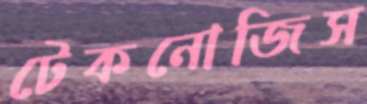
টেকনোজিস